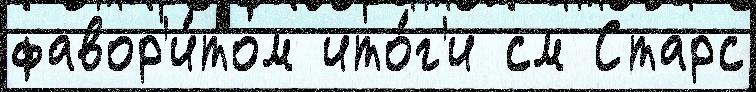
фавор'и́том ито́г'и см Старс